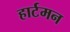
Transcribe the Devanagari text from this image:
हार्टमन